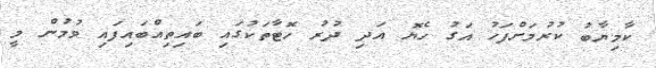
ކާމިޔާބު ކުރުމަށްފަހު އަގު ހެޔޮ އަދި ދުރު ހޮޓާތަކުގައި ބައިތިއްބައިފައި ވުމުން މީ